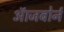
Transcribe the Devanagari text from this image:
ऑजबोर्न